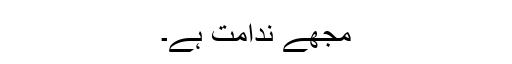
مجھے ندامت ہے۔